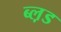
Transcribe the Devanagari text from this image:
ब्ल़ड